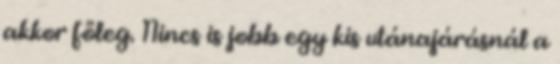
akkor főleg. Nincs is jobb egy kis utánajárásnál a